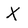
Character: X